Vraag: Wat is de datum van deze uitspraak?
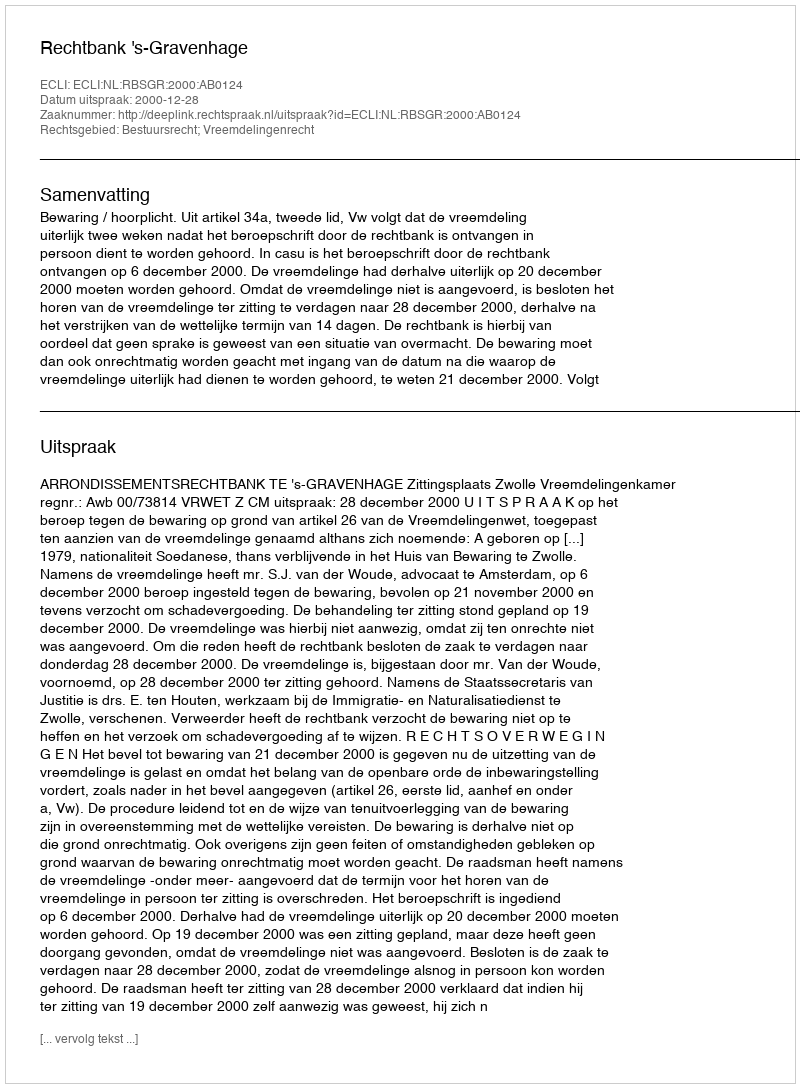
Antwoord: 2000-12-28